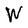
Character: W